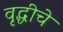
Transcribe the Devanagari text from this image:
वृद्धीचे